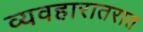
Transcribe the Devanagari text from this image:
व्यवहारातरात